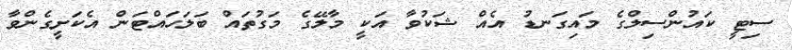
ސިޓީ ކައުންސިލްގެ މައިގަނޑު އެއް ޝަކުވާ އަކީ މާލޭގެ މަގުތައް ބަލަހައްޓަން އެކަށީގެންވާ